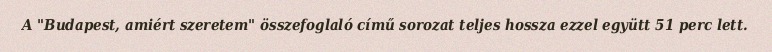
A "Budapest, amiért szeretem" összefoglaló című sorozat teljes hossza ezzel együtt 51 perc lett.